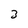
Character: 2